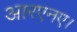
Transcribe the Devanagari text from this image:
आरएनए।